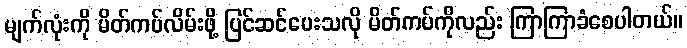
မျက်လုံးကို မိတ်ကပ်လိမ်းဖို့ ပြင်ဆင်ပေးသလို မိတ်ကပ်ကိုလည်း ကြာကြာခံစေပါတယ်။